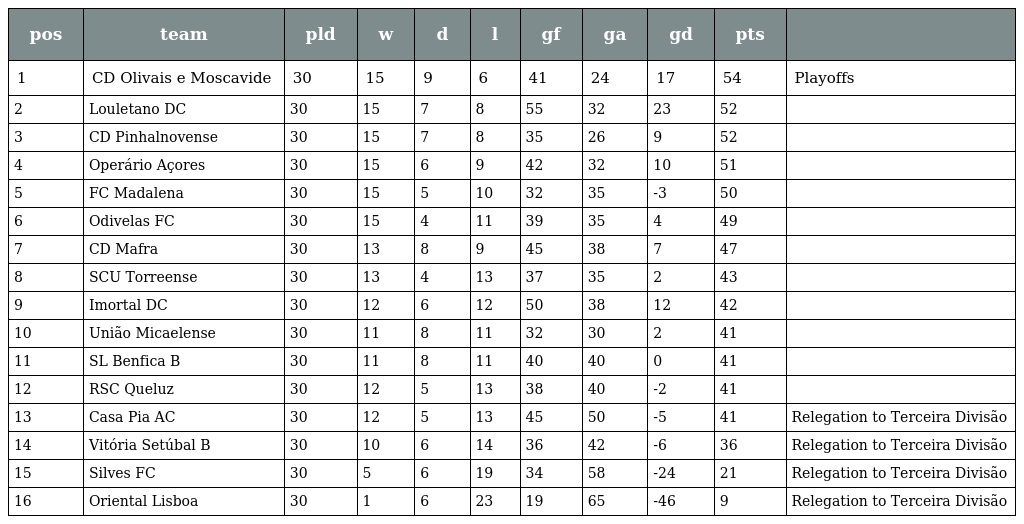
| pos | team | pld | w | d | l | gf | ga | gd | pts |  |
 | --- | --- | --- | --- | --- | --- | --- | --- | --- | --- | --- |
 | 1 | CD Olivais e Moscavide | 30 | 15 | 9 | 6 | 41 | 24 | 17 | 54 | Playoffs |
 | 2 | Louletano DC | 30 | 15 | 7 | 8 | 55 | 32 | 23 | 52 |  |
 | 3 | CD Pinhalnovense | 30 | 15 | 7 | 8 | 35 | 26 | 9 | 52 |  |
 | 4 | Operário Açores | 30 | 15 | 6 | 9 | 42 | 32 | 10 | 51 |  |
 | 5 | FC Madalena | 30 | 15 | 5 | 10 | 32 | 35 | -3 | 50 |  |
 | 6 | Odivelas FC | 30 | 15 | 4 | 11 | 39 | 35 | 4 | 49 |  |
 | 7 | CD Mafra | 30 | 13 | 8 | 9 | 45 | 38 | 7 | 47 |  |
 | 8 | SCU Torreense | 30 | 13 | 4 | 13 | 37 | 35 | 2 | 43 |  |
 | 9 | Imortal DC | 30 | 12 | 6 | 12 | 50 | 38 | 12 | 42 |  |
 | 10 | União Micaelense | 30 | 11 | 8 | 11 | 32 | 30 | 2 | 41 |  |
 | 11 | SL Benfica B | 30 | 11 | 8 | 11 | 40 | 40 | 0 | 41 |  |
 | 12 | RSC Queluz | 30 | 12 | 5 | 13 | 38 | 40 | -2 | 41 |  |
 | 13 | Casa Pia AC | 30 | 12 | 5 | 13 | 45 | 50 | -5 | 41 | Relegation to Terceira Divisão |
 | 14 | Vitória Setúbal B | 30 | 10 | 6 | 14 | 36 | 42 | -6 | 36 | Relegation to Terceira Divisão |
 | 15 | Silves FC | 30 | 5 | 6 | 19 | 34 | 58 | -24 | 21 | Relegation to Terceira Divisão |
 | 16 | Oriental Lisboa | 30 | 1 | 6 | 23 | 19 | 65 | -46 | 9 | Relegation to Terceira Divisão |